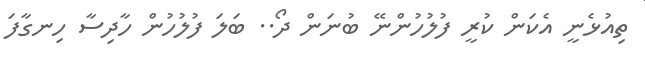
ތިއުޅެނީ އެކަން ކުރީ ފުލުހުންނޭ ބުނަން ދޯ.. ބަލަ ފުލުހުން ހާދިސާ ހިނގާފަ